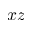
x z